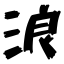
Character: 浪